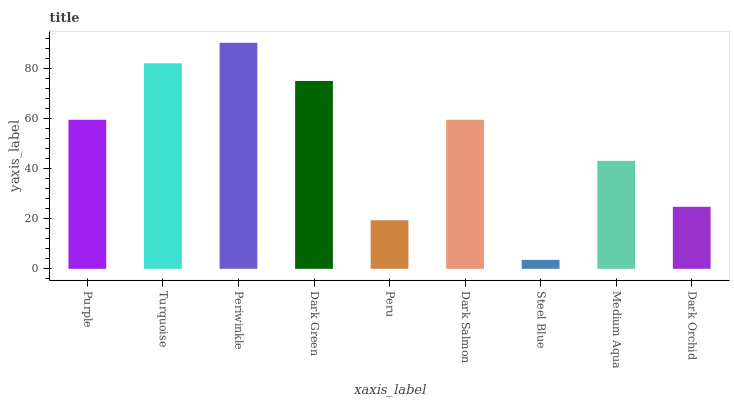
| xaxis_label | bars |
 | --- | --- |
 | Purple | 59.7 |
 | Turquoise | 82.3 |
 | Periwinkle | 90.5 |
 | Dark Green | 75.2 |
 | Peru | 19.4 |
 | Dark Salmon | 59.6 |
 | Steel Blue | 3.59 |
 | Medium Aqua | 43.2 |
 | Dark Orchid | 24.8 |